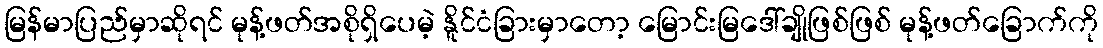
မြန်မာပြည်မှာဆိုရင် မုန့်ဖတ်အစိုရှိပေမဲ့ နိူင်ငံခြားမှာတော့ မြောင်းမြဒေါ်ချိုဖြစ်ဖြစ် မုန့်ဖတ်ခြောက်ကို